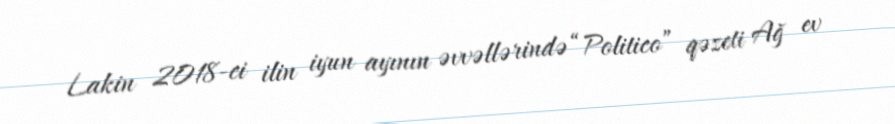
Lakin 2018-ci ilin iyun ayının əvvəllərində “Politico” qəzeti Ağ ev